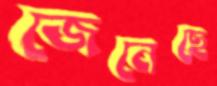
জেনেছে